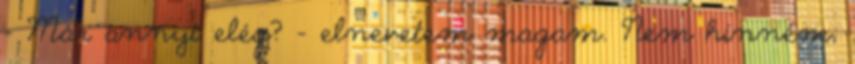
- Már annyi elég? - elnevetem magam. Nem hinném,